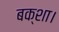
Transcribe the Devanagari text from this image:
बक्शा।